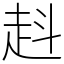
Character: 𧺯